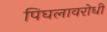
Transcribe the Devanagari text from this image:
पिघलावरोधी